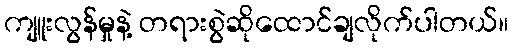
ကျူးလွန်မှုနဲ့ တရားစွဲဆိုထောင်ချလိုက်ပါတယ်။